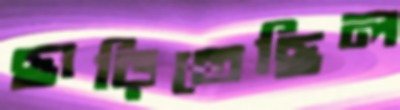
ছাড়িতেছিল